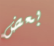
بعض